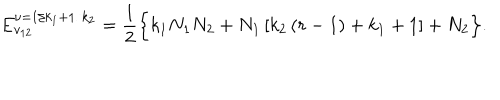
LaTeX: E _ { v _ { 1 2 } } ^ { \nu = 1 / k _ { 1 } + 1 / k _ { 2 } } = \frac { 1 } { 2 } \Big \{ k _ { 1 } N _ { 1 } N _ { 2 } + N _ { 1 } \left[ k _ { 2 } \left( r - 1 \right) + k _ { 1 } + 1 \right] + N _ { 2 } \Big \} .